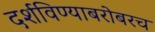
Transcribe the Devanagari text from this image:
दर्शविण्याबरोबरच